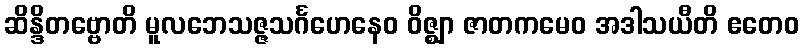
ဆိန္ဒိတဗ္ဗောတိ မူလဘေသဇ္ဇသင်္ဂဟေနေဝ ဝိဇ္ဈာ ဇာတကမေဝ အဒါသယီတိ ဧတေဝ